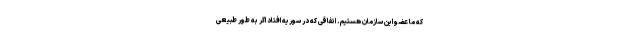
که ما عضو این سازمان هستیم. اتفاقی که در سوریه افتاد اگر به طور طبیعی